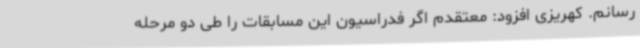
رسانم. کهریزی افزود: معتقدم اگر فدراسیون این مسابقات را طی دو مرحله